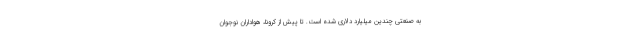
به صنعتی چندین میلیارد دلاری شده است. تا پیش از کرونا، هواداران نوجوان